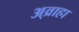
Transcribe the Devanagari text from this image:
अ्व्राहा